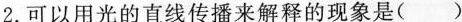
2.可以用光的直线传播来解释的现象是()